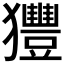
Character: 𤣖